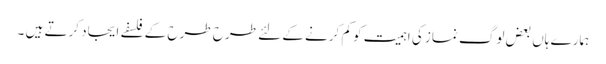
ہمارے ہاں بعض لوگ نماز کی اہمیت کو کم کرنے کے لئے طرح طرح کے فلسفے ایجاد کرتے ہیں ۔